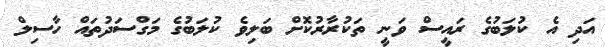
އަދި އެ ކުލަބުގެ ރައީސް ވަނީ ތަކުރާރުކޮށް ބަލިވެ ކުލަބުގެ މަގްސަދުތައް ހާސިލް